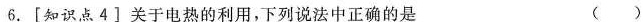
6.[知识点4]关于电热的利用，下列说法中正确的是 ( )